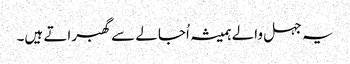
یہ جہل والے ہمیشہ اُجالے سے گھبراتے ہیں۔